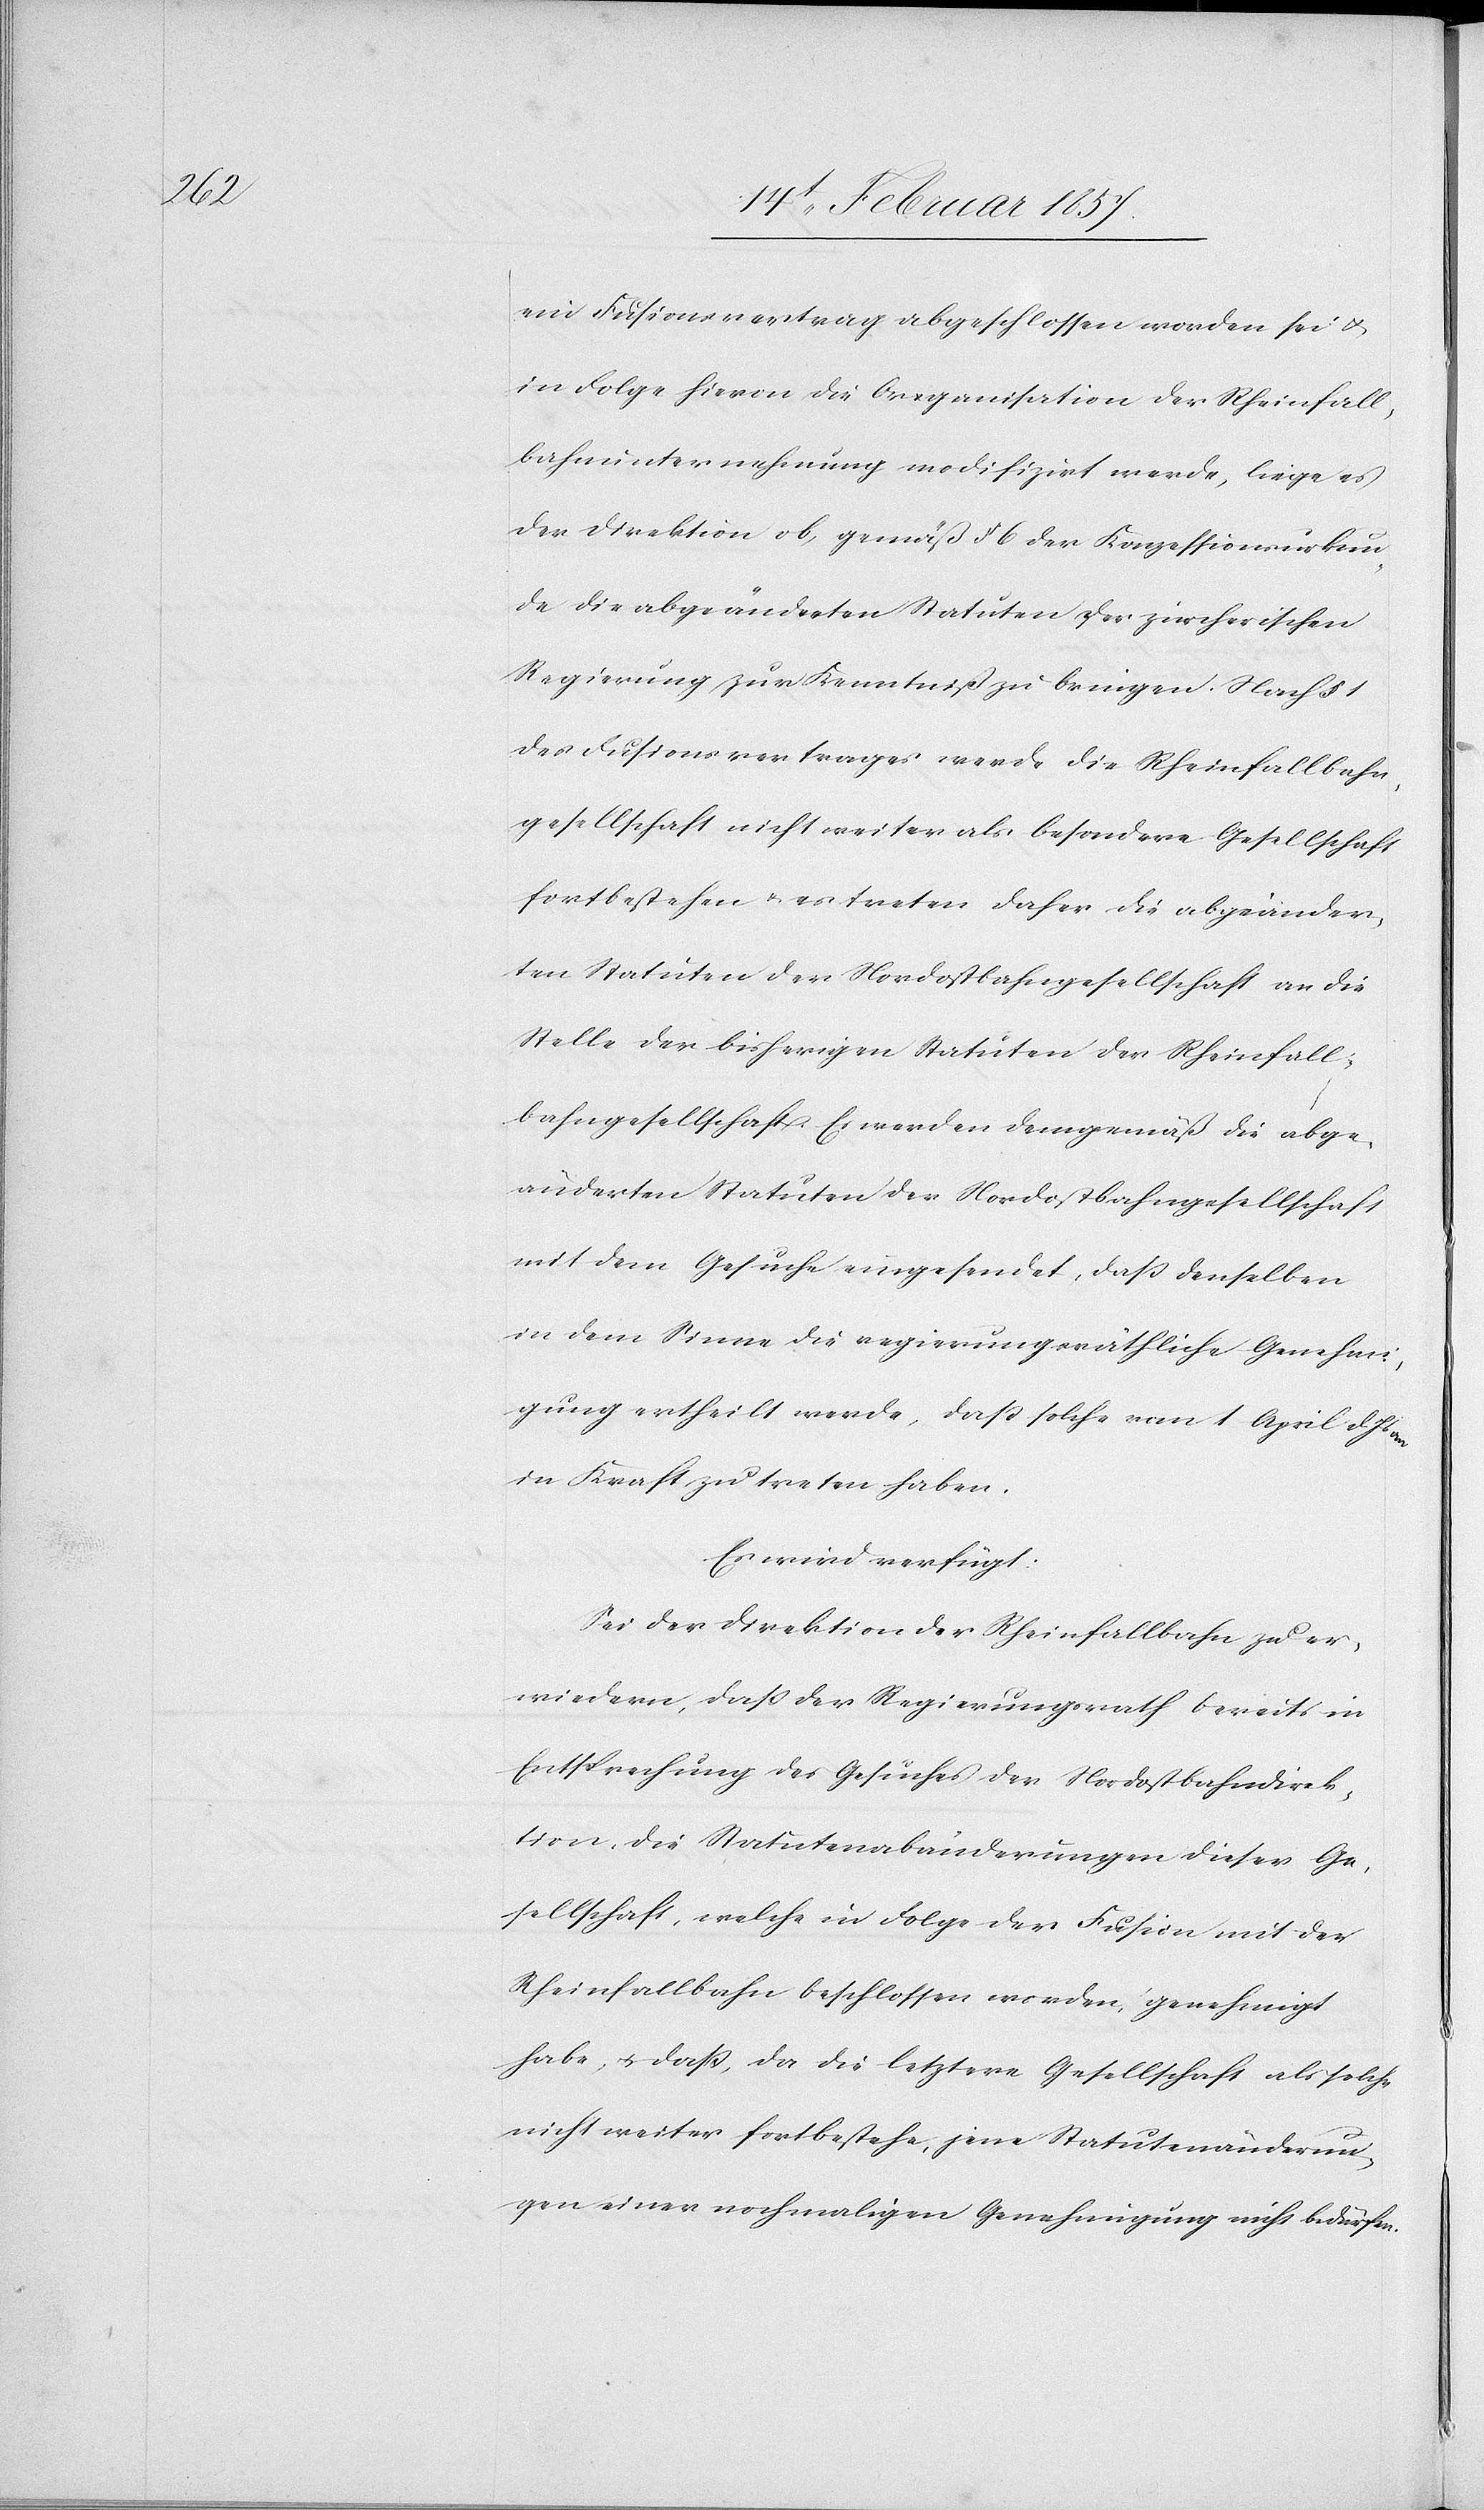
ein Fusionsvertrag abgeschlossen worden sei u.
in Folge hievon die Organisation der Rheinfall¬
bahnunternehmung modifizirt werde, liege es
der Direktion ob, gemäß § 6 der Konzessionsurkun¬
de die abgeänderten Statuten der zürcherischen
Regierung zur Kenntniß zu bringen. Nach § 1
des Fusionsvertrages werde die Rheinfallbahn¬
gesellschaft nicht weiter als besondere Gesellschaft
fortbestehen u. es treten daher die abgeänder¬
ten Statuten der Nordostbahngesellschaft an die
Stelle der bisherigen Statuten der Rheinfall¬
bahngesellschaft. Es werden demgemäß die abge¬
änderten Statuten der Nordostbahngesellschaft
mit dem Gesuche eingesendet, daß denselben
in dem Sinne die regierungsräthliche Genehmi¬
gung ertheilt werde, daß solche vom 1 April d. Js
in Kraft zu treten haben.
Es wird verfügt:
Sei der Direktion der Rheinfallbahn zu er¬
wiedern, daß der Regierungsrath bereits in
Entsprechung des Gesuches der Nordostbahndirek¬
tion, die Statutenabänderungen dieser Ge¬
sellschaft, welche in Folge der Fusion mit der
Rheinfallbahn beschlossen worden, genehmigt
habe, u. daß, da die letztere Gesellschaft als solche
nicht weiter fortbestehe, jene Statutenänderun¬
gen einer nochmaligen Genehmigung nicht bedürfen.